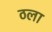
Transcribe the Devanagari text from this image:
ठला